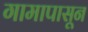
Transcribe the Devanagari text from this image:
गामापासून